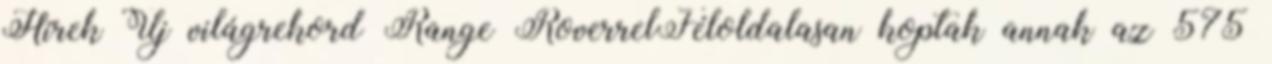
Hírek Új világrekord Range RoverrelFéloldalasan koptak annak az 575